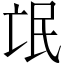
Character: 氓